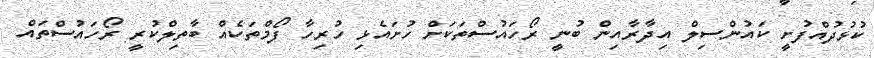
ކުޅުދުއްފުށީ ކައުންސިލް އިދާރާއިން ބުނީ ރޯހައުސްތަކަށް ހުށައެޅި ހުރިހާ ފޯމްތަކެއް ބާތިލްކުރީ ރޯހައުސްތައް